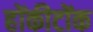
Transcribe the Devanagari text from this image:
होंकीटोंक